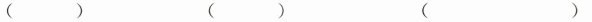
（ ）（ ）（ ）